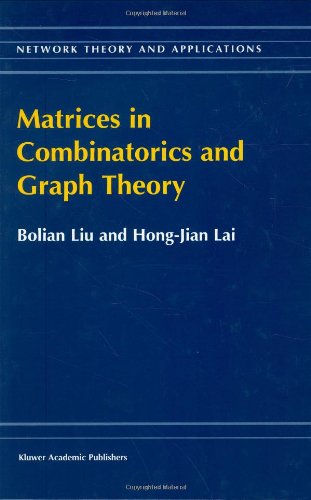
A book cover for Matrices in Combinatorics and Graph Theory (Network Theory and Applications); Bolian Liu; Science & Math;